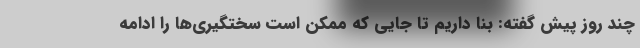
چند روز پیش گفته: بنا داریم تا جایی که ممکن است سختگیری‌ها را ادامه